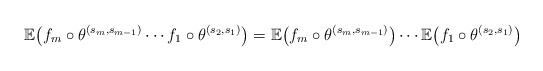
LaTeX: \begin{align*}\mathbb{E}\big ( f_m \circ \theta^{(s_m, s_{m-1})} \cdots f_1 \circ \theta^{(s_2, s_{1})} \big ) = \mathbb{E}\big ( f_m \circ \theta^{(s_m, s_{m-1})} \big ) \cdots\mathbb{E}\big ( f_1 \circ \theta^{(s_2, s_{1})} \big )\end{align*}